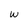
Character: w